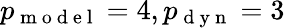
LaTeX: p_{\mathrm{~m~o~d~e~l~}}=4,p_{\mathrm{~d~y~n~}}=3